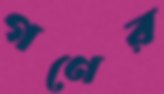
গণের